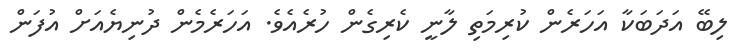
ލިބޭ އަދަބަކާ އަހަރެން ކުރިމަތި ލާނީ ކެރިގެން ހުރެއެވެ. އަހަރެމެން ދުނިޔެއަށް އުފަން